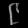
Digit: ၉